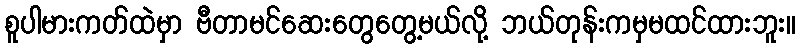
စူပါမားကတ်ထဲမှာ ဗီတာမင်ဆေးတွေတွေ့မယ်လို့ ဘယ်တုန်းကမှမထင်ထားဘူး။